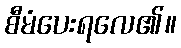
စီမံပေးရလေ၏။